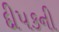
દીપકની